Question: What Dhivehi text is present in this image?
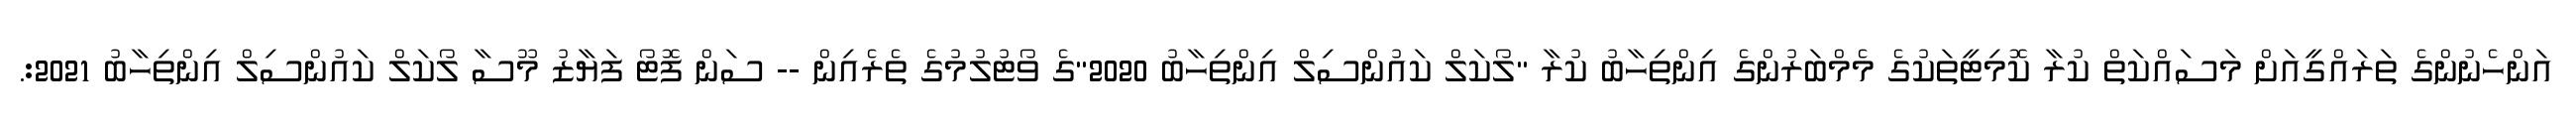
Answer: އަންހެނުންގެ ތަރައްގީއަށް މަސައްކަތް ކުރާ ކޮމިޓީތަކުގެ މެމްބަރުންގެ އިންތިހާބު ކުރާ "ލޯކަލް ކައުންސިލް އިންތިހާބު 2020"ގެ ވޯޓުލުމުގެ ތެރެއިން -- ސަން ފޮޓޯ ފަޔާޒު މޫސާ ލޯކަލް ކައުންސިލް އިންތިހާބު 2021:.